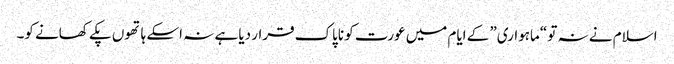
اسلام نے نہ تو “ماہواری” کے ایام میں عورت کو ناپاک قرار دیا ہے نہ اسکے ہاتھوں پکے کھانے کو۔